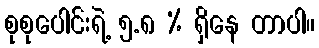
စုစုပေါင်းရဲ့ ၅.၈ % ရှိနေ တာပါ။